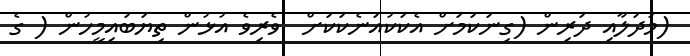
(މުދަލާއި ދަރިން (ގިނަކަމަށް އެކަކުއަނެކަކަށް  ވެރިވެ އުޅުން ތިޔަބައިމީހުން ( ގެ